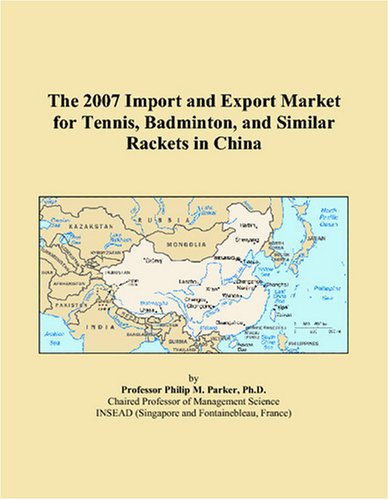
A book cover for The 2007 Import and Export Market for Tennis, Badminton, and Similar Rackets in China; Philip M. Parker; Sports & Outdoors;